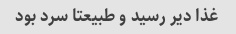
غذا دیر رسید و طبیعتا سرد بود